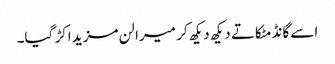
اسے گانڈ مٹکاتے دیکھ دیکھ کر میرا لن مزید اکڑ گیا۔